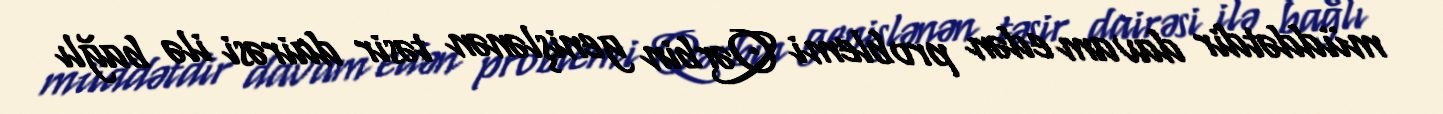
müddətdir davam edən problemi Qərbin genişlənən təsir dairəsi ilə bağlı